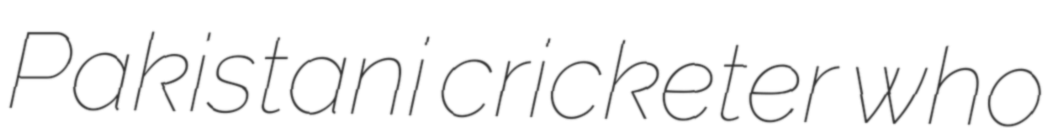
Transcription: Pakistani cricketer who